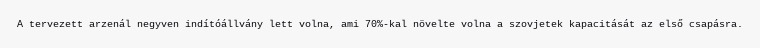
A tervezett arzenál negyven indítóállvány lett volna, ami 70%-kal növelte volna a szovjetek kapacitását az első csapásra.